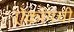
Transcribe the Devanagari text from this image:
ऐकायची